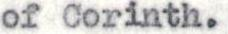
of Corinth.